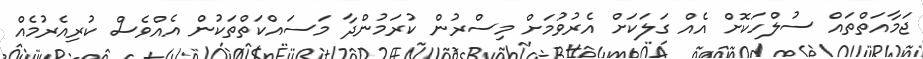
ޖަމާއަތްތައް ސުލްހަކޮށް އެއް ގަލަކަށް އެރުވުމަށް މިސްރުން ކުރަމުންދާ މަސައްކަތްތަކުން އެއްވެސް ކުރިއެރުމެއް